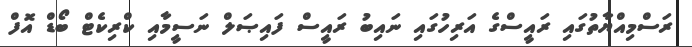
ރަސްމިއްޔާތުގައި ރައީސްގެ އަރިހުގައި ނައިބު ރައީސް ފައިޞަލް ނަސީމާއި ކްރިކެޓް ބޯޑް އޮފް